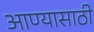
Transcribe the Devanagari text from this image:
आण्यासाठी